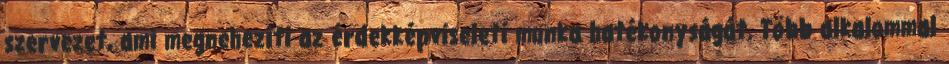
szervezet, ami megnehezíti az érdekképviseleti munka hatékonyságát. Több alkalommal